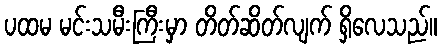
ပထမ မင်းသမီးကြီးမှာ တိတ်ဆိတ်လျက် ရှိလေသည်။